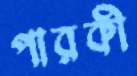
পারকী